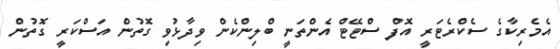
އެމެރިކާގެ ސެކްރެޓަރީ އޮފް ސްޓޭޓް އެންތަނީ ބްލިންކެން ވިދާޅުވި ގޮތުން އަސްކަރީ ގޮތުން